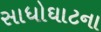
સાધોઘાટના